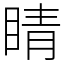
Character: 睛